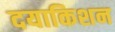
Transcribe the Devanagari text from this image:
दयाकिशन